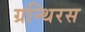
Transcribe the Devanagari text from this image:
ग्रन्थिरस